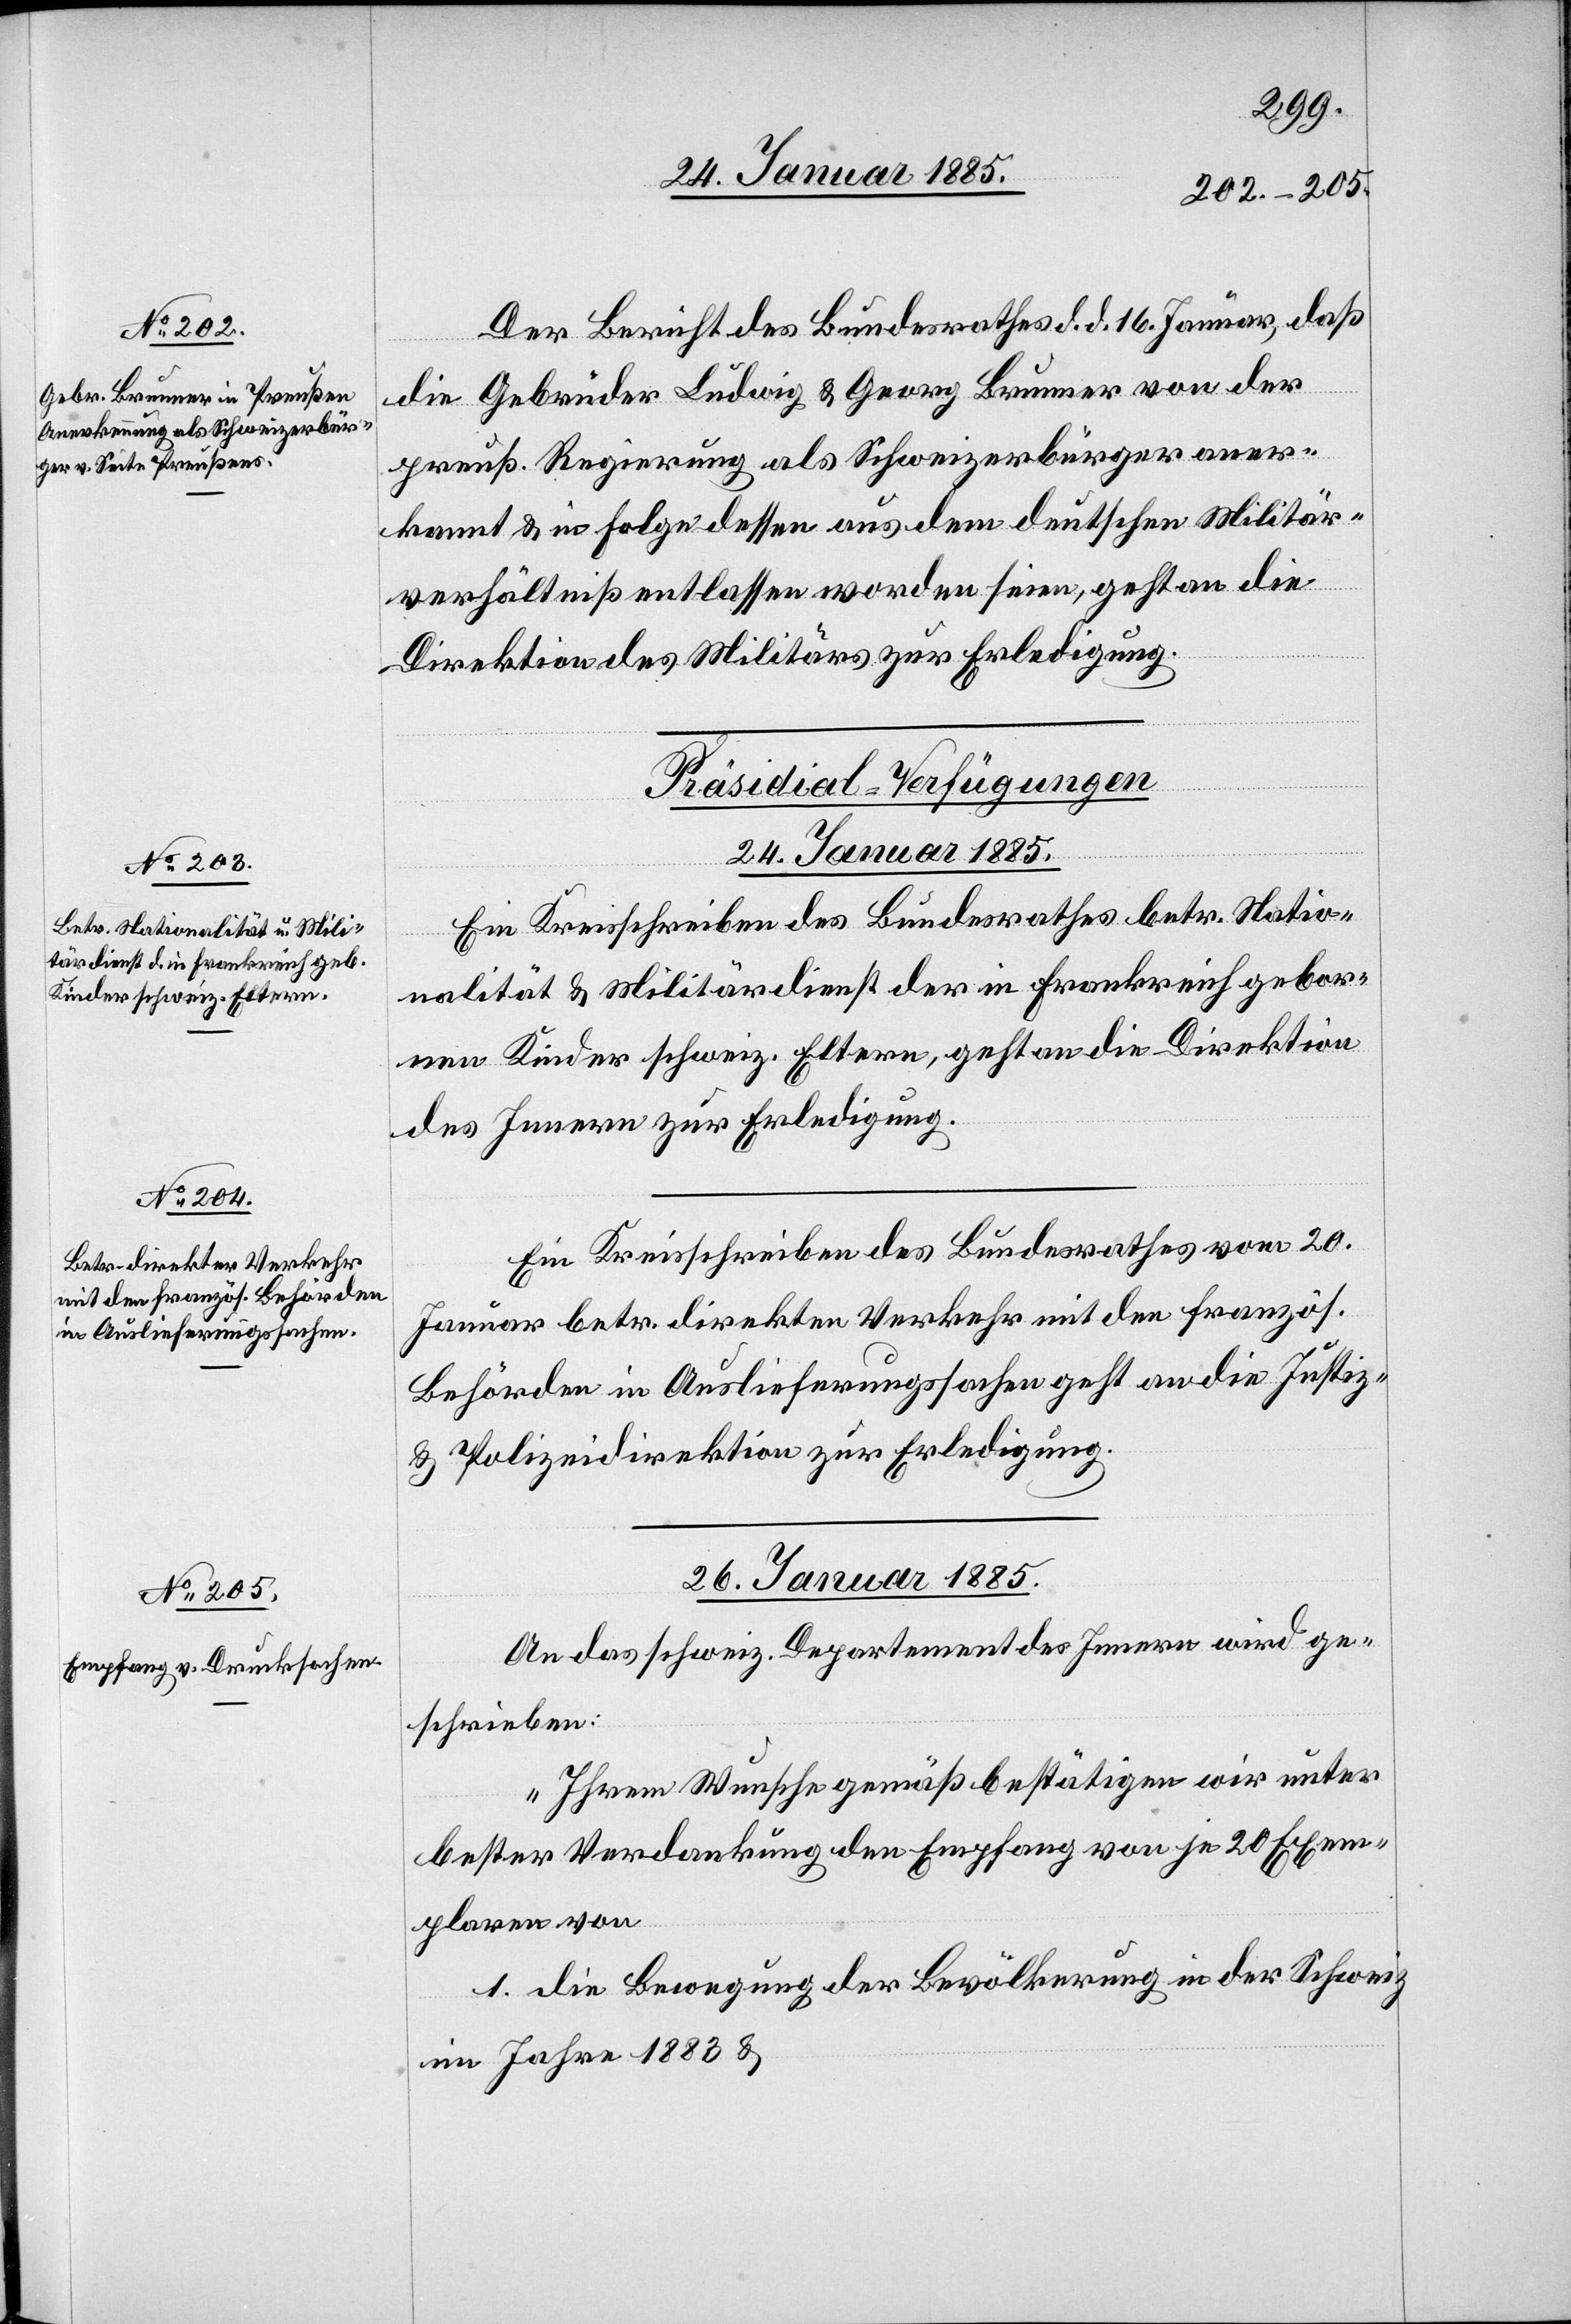
Der Bericht des Bundesrathes d. d. 16. Januar, daß
die Gebrüder Ludwig & Georg Brunner von der
preuß. Regierung als Schweizerbürger aner¬
kannt & in Folge dessen aus dem deutschen Militär¬
verhältniß entlassen worden seien, geht an die
Direktion des Militärs zur Erledigung.
[Präsidial-Verfügungen]
24. Januar 1885.]
Ein Kreisschreiben des Bundesrathes betr. Natio¬
nalität & Militärdienst der in Frankreich gebor¬
nen Kinder schweiz. Eltern, geht an die Direktion
des Innern zur Erledigung.
Ein Kreisschreiben des Bundesrathes vom 20.
Januar betr. direkter Verkehr mit den französ.
Behörden in Auslieferungssachen geht an die Justiz-
& Polizeidirektion zur Erledigung.
26. Januar 1885.
An das schweiz. Departement des Innern wird ge¬
schrieben:
„Ihrem Wunsche gemäß bestätigen wir unter
bester Verdankung den Empfang von je 20 Exem¬
plaren von
1. Die Bewegung der Bevölkerung in der Schweiz
im Jahre 1883 &